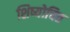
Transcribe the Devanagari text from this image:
शिष्योचित